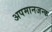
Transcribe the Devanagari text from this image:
अपमानजन्क